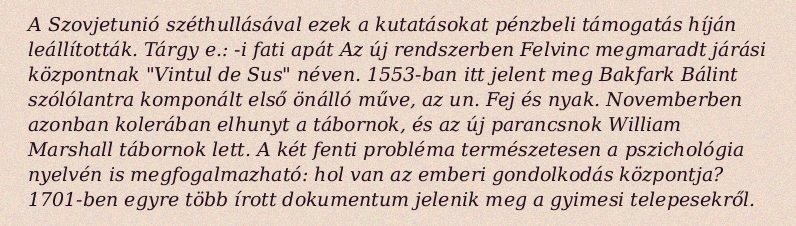
A Szovjetunió széthullásával ezek a kutatásokat pénzbeli támogatás híján leállították. Tárgy e.: -i fati apát Az új rendszerben Felvinc megmaradt járási központnak "Vintul de Sus" néven. 1553-ban itt jelent meg Bakfark Bálint szólólantra komponált első önálló műve, az un. Fej és nyak. Novemberben azonban kolerában elhunyt a tábornok, és az új parancsnok William Marshall tábornok lett. A két fenti probléma természetesen a pszichológia nyelvén is megfogalmazható: hol van az emberi gondolkodás központja? 1701-ben egyre több írott dokumentum jelenik meg a gyimesi telepesekről.